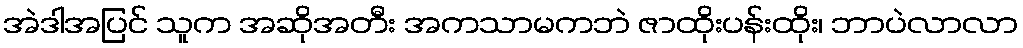
အဲဒါအပြင် သူက အဆိုအတီး အကသာမကဘဲ ဇာထိုးပန်းထိုး၊ ဘာပဲလာလာ